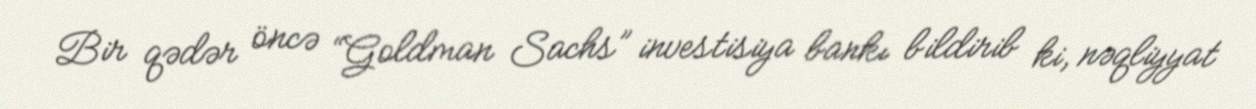
Bir qədər öncə “Goldman Sachs” investisiya bankı bildirib ki, nəqliyyat